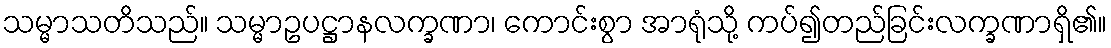
သမ္မာသတိသည်။ သမ္မာဥပဋ္ဌာနလက္ခဏာ၊ ကောင်းစွာ အာရုံသို့ ကပ်၍တည်ခြင်းလက္ခဏာရှိ၏။